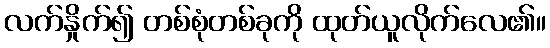
လက်နှိုက်၍ တစ်စုံတစ်ခုကို ထုတ်ယူလိုက်လေ၏။